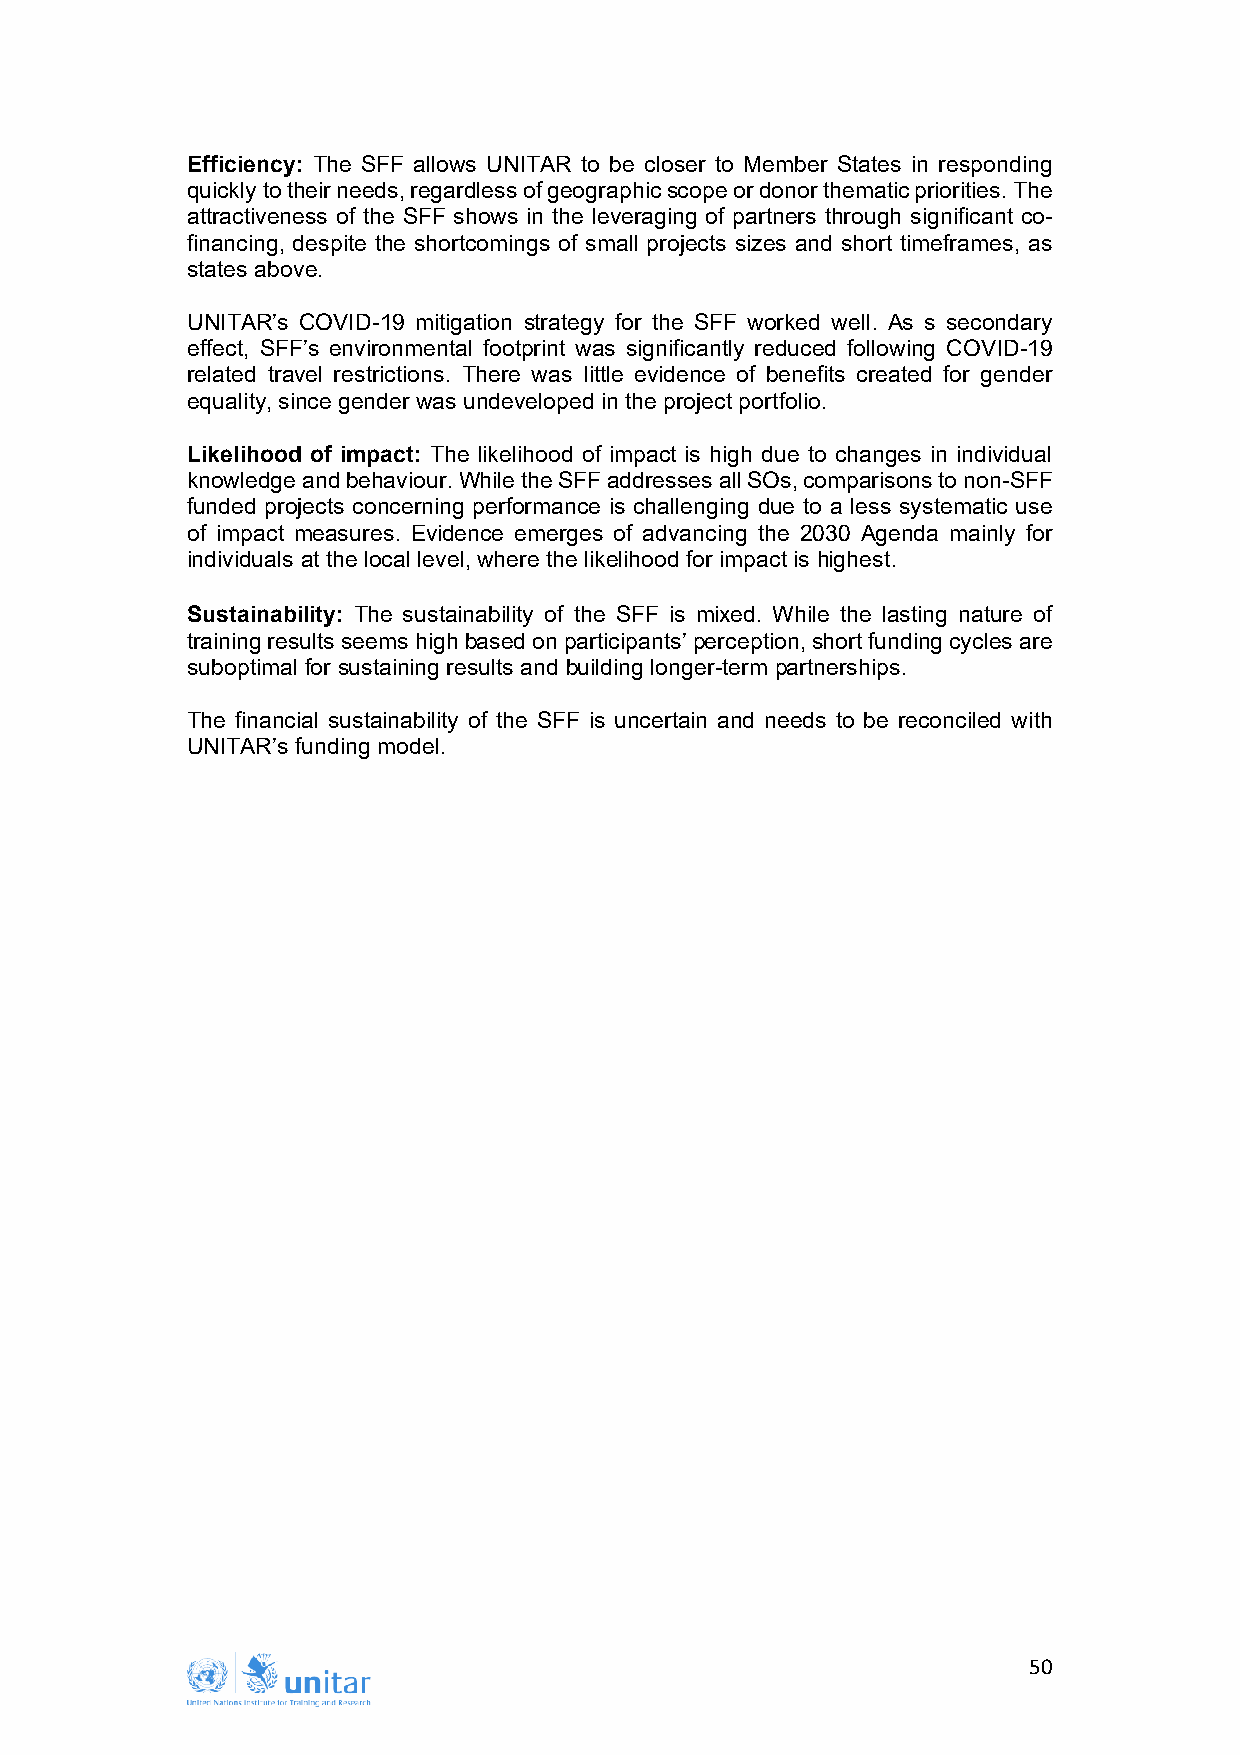
Efficiency: The SFF allows UNITAR to be closer to Member States in responding
 quickly to their needs, regardless of geographic scope or donor thematic priorities. The
 attractiveness of the SFF shows in the leveraging of partners through significant co-
 financing, despite the shortcomings of small projects sizes and short timeframes, as
 states above.
 UNITAR’s COVID-19 mitigation strategy for the SFF worked well. As s secondary
 effect, SFF’s environmental footprint was significantly reduced following COVID-19
 related travel restrictions. There was little evidence of benefits created for gender
 equality, since gender was undeveloped in the project portfolio.
 Likelihood of impact: The likelihood of impact is high due to changes in individual
 knowledge and behaviour. While the SFF addresses all SOs, comparisons to non-SFF
 funded projects concerning performance is challenging due to a less systematic use
 of impact measures. Evidence emerges of advancing the 2030 Agenda mainly for
 individuals at the local level, where the likelihood for impact is highest.
 Sustainability: The sustainability of the SFF is mixed. While the lasting nature of
 training results seems high based on participants’ perception, short funding cycles are
 suboptimal for sustaining results and building longer-term partnerships.
 The financial sustainability of the SFF is uncertain and needs to be reconciled with
 UNITAR’s funding model.
 50